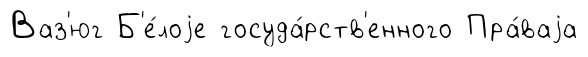
Ваз'юг Б'е́лоjе госуда́рств'енного Пра́ваjа